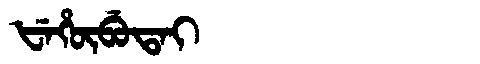
Manchu: ᡶᡝᡥᡡᠪᡠᡨᠠᡳ
Romanization: FEHŪBUTAI